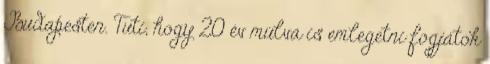
Budapesten. Tuti, hogy 20 év múlva is emlegetni fogjátok